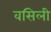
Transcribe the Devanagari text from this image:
वसिली